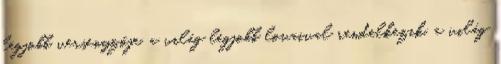
legjobb versenyzője, a világ legjobb lovaival rendelkezik, a világ